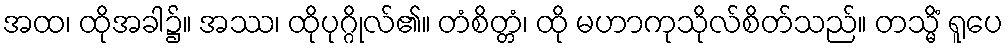
အထ၊ ထိုအခါ၌။ အဿ၊ ထိုပုဂ္ဂိုလ်၏။ တံစိတ္တံ၊ ထို မဟာကုသိုလ်စိတ်သည်။ တသ္မိံ ရူပေ